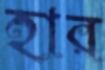
হার